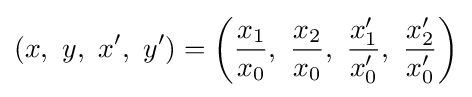
(x,\ y,\ x',\ y')=\left({\frac {x_{1}}{x_{0}}},\ {\frac {x_{2}}{x_{0}}},\ {\frac {x_{1}^{\prime }}{x_{0}^{\prime }}},\ {\frac {x_{2}^{\prime }}{x_{0}^{\prime }}}\right)